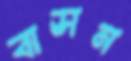
বাসন